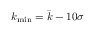
k _ { \operatorname* { m i n } } = \bar { k } - 1 0 \sigma